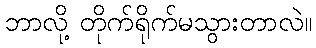
ဘာလို့ တိုက်ရိုက်မသွားတာလဲ။